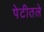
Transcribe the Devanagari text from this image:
पेटीतले